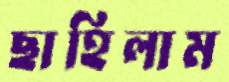
ছাহিলাম